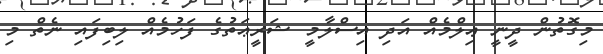
މިގޮތުން ދީނީ ޢިލްމެއް އަދި އިސްލާމީ ޝަރީޢަތުގެ ފަހުމެއް ލިބިފައި ނެތް މި